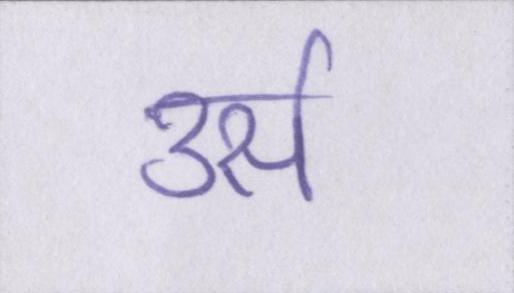
उर्स